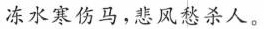
冻水寒伤马，悲风愁杀人。